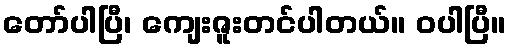
တော်ပါပြီ၊ ကျေးဇူးတင်ပါတယ်။ ဝပါပြီ။